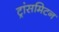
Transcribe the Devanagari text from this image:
ट्रांसमिटन